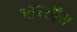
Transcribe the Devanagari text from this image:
भारतीस